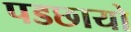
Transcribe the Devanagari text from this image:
पडछायो